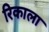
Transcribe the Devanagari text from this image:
रिकाला